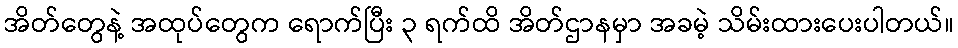
အိတ်တွေနဲ့ အထုပ်တွေက ရောက်ပြီး ၃ ရက်ထိ အိတ်ဌာနမှာ အခမဲ့ သိမ်းထားပေးပါတယ်။